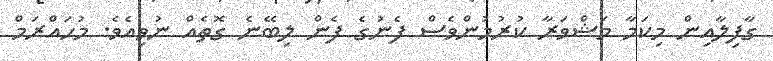
ގާފިލާއިން މިކަމާ މަޝްވަރާ ކުރުމުންވެސް ފެނުގެ ފެން ލިބޭނެ ގޮތެއް ނުވިއެވެ. މުހައްރަމް